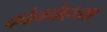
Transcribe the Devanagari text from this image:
कोलचेव्हच्या